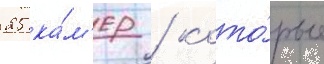
25 ка́м'ер / кото́рые